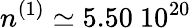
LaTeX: n^{(1)}\simeq 5.50\ 10^{20}